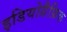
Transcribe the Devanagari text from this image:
इडियोग्रैफ़िक